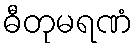
ဓီတုမရဏံ